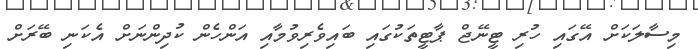
މިސާލަކަށް އޭގައި ހުރި ޓީނޭޖް ޕާޓީތަކުގައި ބައިވެރިވުމާއި އަންހެން ކުދިންނަށް އެކަނި ބޭރަށް